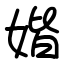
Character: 媘